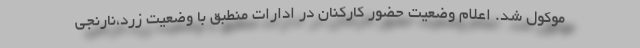
موکول شد. اعلام وضعیت حضور کارکنان در ادارات منطبق با وضعیت زرد،نارنجی